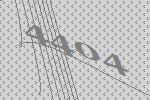
4404